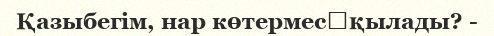
Қазыбегім, нар көтермес	қылады? -